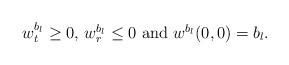
LaTeX: \begin{align*}\mbox{ $w^{b_l}_t\geq 0$, $w^{b_l}_r\leq 0$ and $w^{b_l}(0,0)=b_l$.}\end{align*}